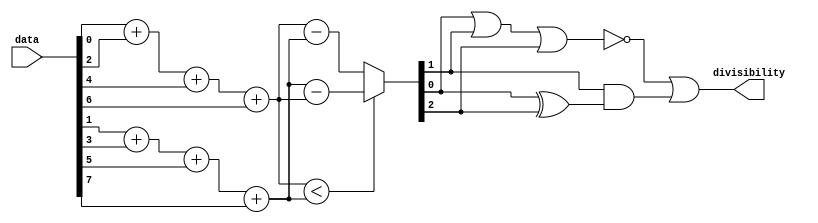
module div
#(
    parameter DATA_W = 8

)
(
    input [(DATA_W - 1): 0] data,
    output divisibility
);
    localparam NEW_DATA_W = $clog2(DATA_W);
    wire [NEW_DATA_W - 1: 0]      new_data;
    wire [NEW_DATA_W - 1: 0]          even;
    wire [NEW_DATA_W - 1: 0]           odd;

    assign even = data[0] + data[2] + data[4] + data[6];
    assign  odd = data[1] + data[3] + data[5] + data[7];

    assign new_data = (even < odd) ? odd - even: even - odd; 


    // just check if new_data = 0, 3 or 6;
    // div = (~A)(~B)(~C) | AB(~C) | (~A)BC = ~(A | B | C) | B(A ^ B)
    assign divisibility = ~(new_data[0] |  new_data[1] | new_data[2]) | 
                            new_data[1] & (new_data[0] ^ new_data[2]);
endmodule